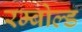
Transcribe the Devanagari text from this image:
रम्बोल्ड